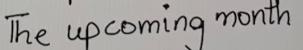
The upcoming month